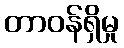
တာဝန်ရှိမှု